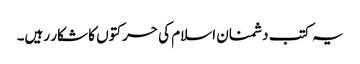
یہ کتب دشمنان اسلام کی حرکتوں کا شکار رہیں۔